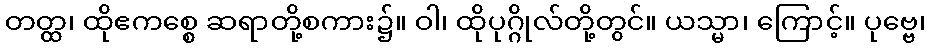
တတ္ထ၊ ထိုဧကစ္စေ ဆရာတို့စကား၌။ ဝါ၊ ထိုပုဂ္ဂိုလ်တို့တွင်။ ယသ္မာ၊ ကြောင့်။ ပုဗ္ဗေ၊